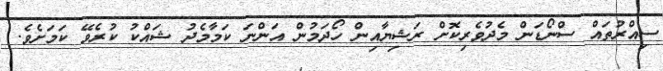
ސިއްރުތައް ސްނޯޑަން މެދުވެރިކޮށް ރަޝިޔާއިން ހޯދަމުން އަންނަ ކަމާމެދު ޝައްކު ކުރެވޭ ކަމަށެވެ.